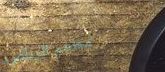
مطعم الرياض